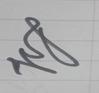
Signature authenticity: genuine